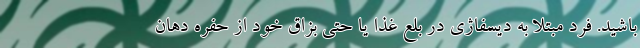
باشید. فرد مبتلا به دیسفاژی در بلع غذا یا حتی بزاق خود از حفره دهان